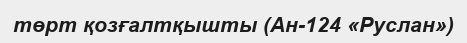
төрт қозғалтқышты (Ан-124 «Руслан»)